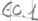
Text: E0.1